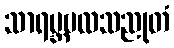
သာရမ္ဘဗလသညုတံ